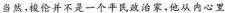
当然，梭伦并不是一个平民政治家，他从内心里